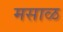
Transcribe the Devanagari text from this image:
मसाळ